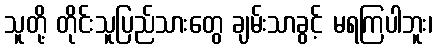
သူတို့ တိုင်းသူပြည်သားတွေ ချမ်းသာခွင့် မရကြပါဘူး၊